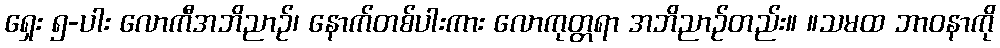
ရှေး ၅-ပါး လောကီအဘိညာဉ်၊ နောက်တစ်ပါးကား လောကုတ္တရာ အဘိညာဉ်တည်း။ ။သမထ ဘာဝနာကို